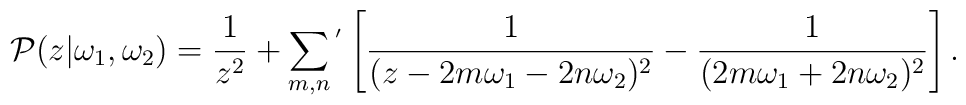
{\cal P}(z|\omega_{1},\omega_{2})=\frac{1}{z^{2}}+\sum_{m,n}{}^{'}\left[\frac{1}{(z-2m\omega_{1}-2n\omega_{2})^{2}}-\frac{1}{(2m\omega_{1}+2n\omega_{2})^{2}}\right].